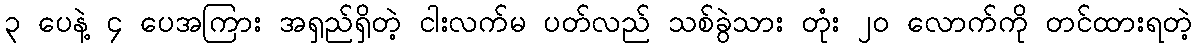
၃ ပေနဲ့ ၄ ပေအကြား အရှည်ရှိတဲ့ ငါးလက်မ ပတ်လည် သစ်ခွဲသား တုံး ၂၀ လောက်ကို တင်ထားရတဲ့